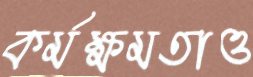
কর্মক্ষমতাও